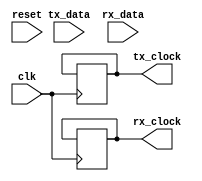
module uart_timing_control_and_sync
(
    input wire clk,
    input wire reset,
    input wire tx_data,
    output reg tx_clock,
    input wire rx_data,
    output reg rx_clock
);

parameter BAUD_RATE = 9600; // define baud rate

reg [11:0] counter; // 12-bit counter for baud rate generation

always @(posedge clk or posedge reset)
begin
    if (reset)
        counter <= 0;
    else if (counter == BAUD_RATE)
    begin
        counter <= 0;
        tx_clock <= ~tx_clock; // generate clock signal for transmission
    end
    else
        counter <= counter + 1;
end

always @(posedge clk or posedge reset)
begin
    if (reset)
        counter <= 0;
    else if (counter == BAUD_RATE)
    begin
        counter <= 0;
        rx_clock <= ~rx_clock; // generate clock signal for reception
    end
    else
        counter <= counter + 1;
end

endmodule